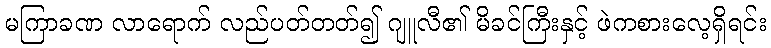
မကြာခဏ လာရောက် လည်ပတ်တတ်၍ ဂျူလီ၏ မိခင်ကြီးနှင့် ဖဲကစားလေ့ရှိရင်း